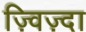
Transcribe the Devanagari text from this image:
ज़्विज़्दा